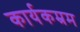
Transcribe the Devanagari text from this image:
कार्यकम्रम